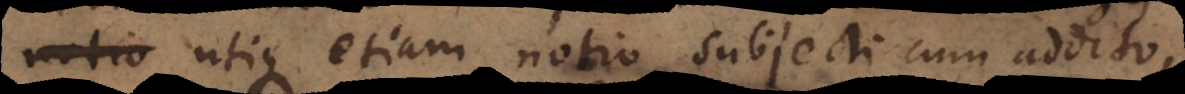
notio utique etiam notio subjecti cum addito,